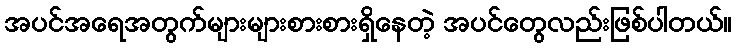
အပင်အရေအတွက်များများစားစားရှိနေတဲ့ အပင်တွေလည်းဖြစ်ပါတယ်။